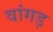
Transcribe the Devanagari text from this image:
वांगड़